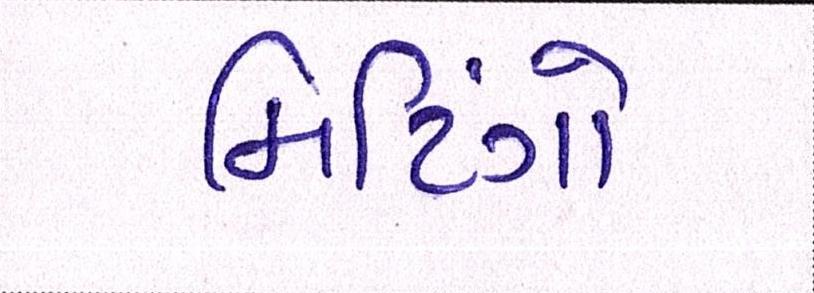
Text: મિટિંગો